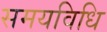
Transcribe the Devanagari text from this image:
समयविधि